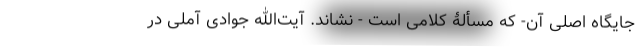
جایگاه اصلی آن- که مسألۀ کلامی است - نشاند. آیت‌الله جوادی آملی در